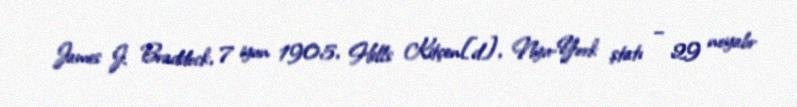
James J. Braddock, 7 iyun 1905, Hells Kitçen[d], Nyu-York ştatı – 29 noyabr